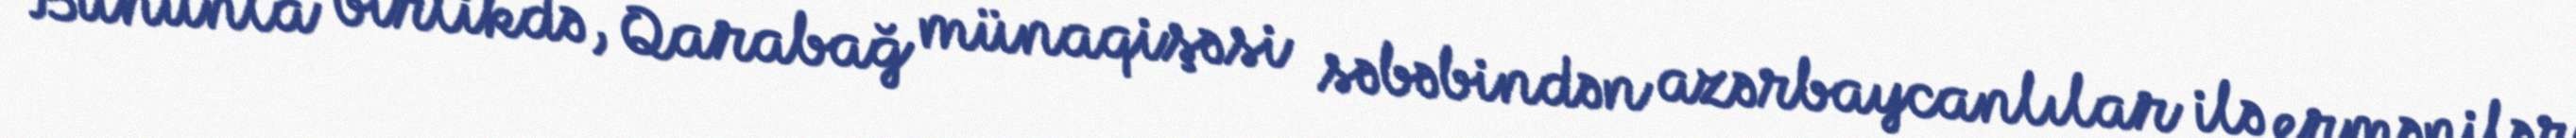
Bununla birlikdə, Qarabağ münaqişəsi səbəbindən azərbaycanlılar ilə ermənilər